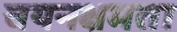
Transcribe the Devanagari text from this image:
चयनक्षमता